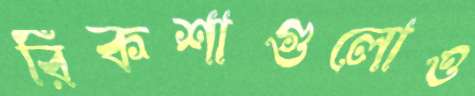
রিকশাগুলোও